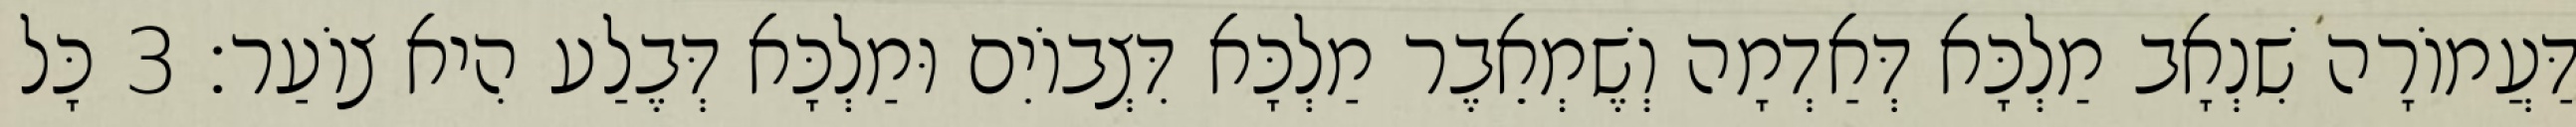
דַּעֲמוֹרָה שִׁנְאָב מַלְכָּא דְּאַדְמָה וְשֶׁמְאֵבֶר מַלְכָּא דִּצְבוֹיִם וּמַלְכָּא דְּבֶלַע הִיא צוֹעַר׃ 3 כָּל